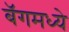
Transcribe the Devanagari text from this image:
बॅगमध्ये